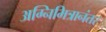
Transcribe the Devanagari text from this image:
अग्निमित्रानंतर